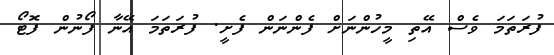
ފުރަތަމަ ވެސް އޭތި މީހުންނަށް ފެންނަން ފެށީ. ފުރަތަމަ އޭނާ ފޯނުން ފޮޓޯ